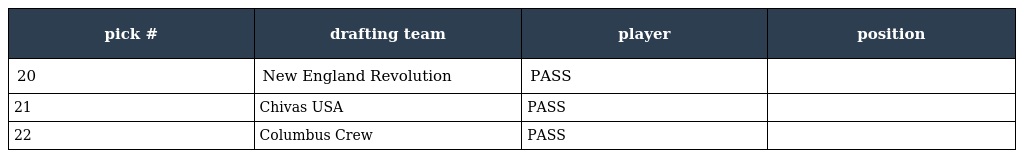
| pick # | drafting team | player | position |
 | --- | --- | --- | --- |
 | 20 | New England Revolution | PASS |  |
 | 21 | Chivas USA | PASS |  |
 | 22 | Columbus Crew | PASS |  |